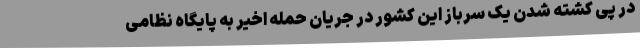
در پی کشته شدن یک سرباز این کشور در جریان حمله اخیر به پایگاه نظامی